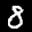
Label: 8